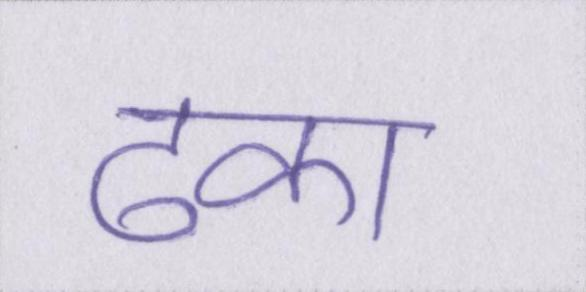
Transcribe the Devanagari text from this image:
ढका